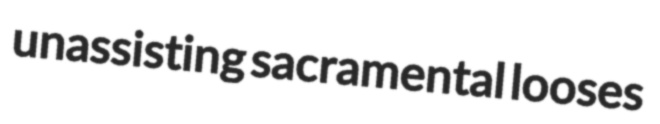
unassisting sacramental looses